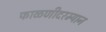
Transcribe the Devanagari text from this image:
फाळणीदरम्यान